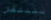
ستنتقل